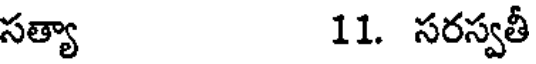
సత్యా 11. సరస్వతీ